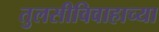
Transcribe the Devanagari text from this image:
तुलसीविवाहाच्या